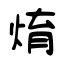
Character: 焴